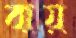
বায়